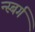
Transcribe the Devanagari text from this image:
न्स्बर्ग